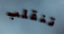
تنقلب